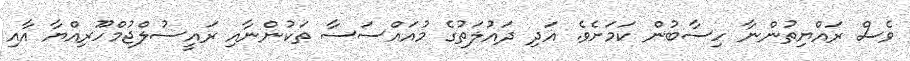
ވެސް ރައްޔިތުންނާ ހިސާބުން ކަމަށެވެ. އަދި ދައުލަތުގެ މުއައްސަސާ ތަކުންނާއި ރައީސުލްޖުމްހޫރިއްޔާ އާއި